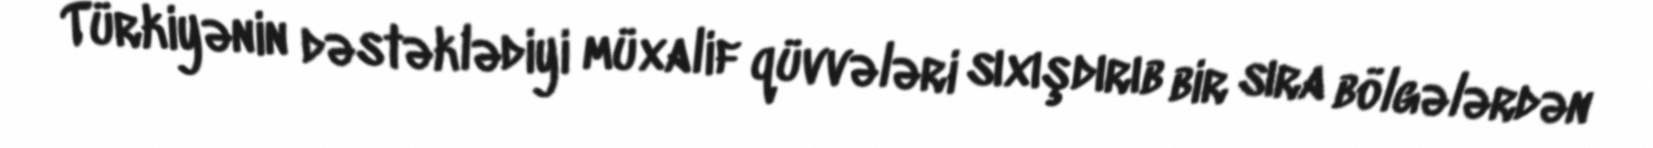
Türkiyənin dəstəklədiyi müxalif qüvvələri sıxışdırıb bir sıra bölgələrdən